Civil Veterinary Dept. Bombay admin report 1923-31 - 1923-1931
Year: 1923
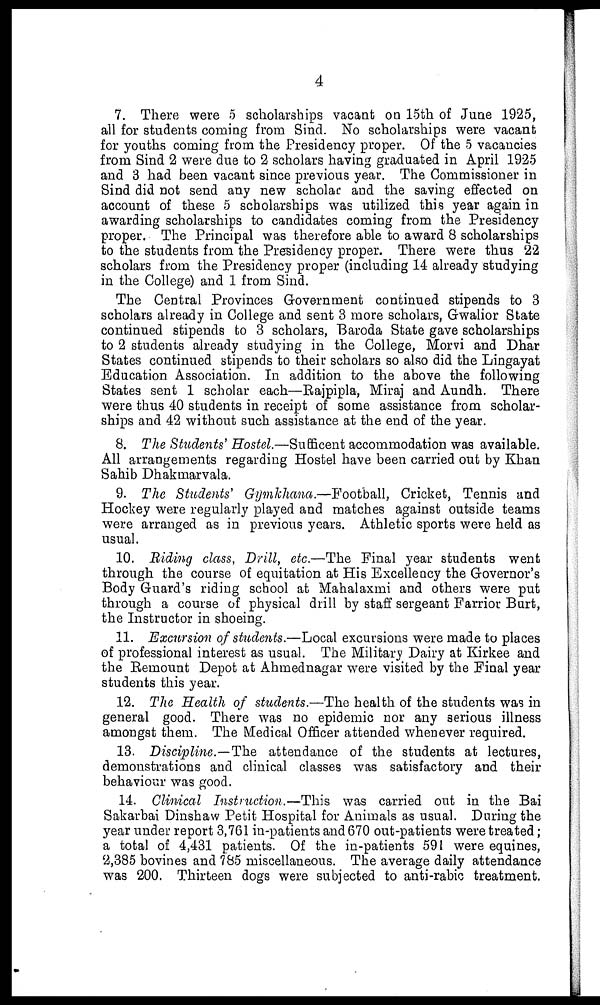
4
7. There were 5 scholarships vacant on 15th of June 1925,
all for students coming from Sind. No scholarships were vacant
for youths coming from the Presidency proper. Of the 5 vacancies
from Sind 2 were due to 2 scholars having graduated in April 1925
and 3 had been vacant since previous year. The Commissioner in
Sind did not send any new scholar and the saving effected on
account of these 5 scholarships was utilized this year again in
awarding scholarships to candidates coming from the Presidency
proper. The Principal was therefore able to award 8 scholarships
to the students from the Presidency proper. There were thus 22
scholars from the Presidency proper (including 14 already studying
in the College) and 1 from Sind.
The Central Provinces Government continued stipends to 3
scholars already in College and sent 3 more scholars, Gwalior State
continued stipends to 3 scholars, Baroda State gave scholarships
to 2 students already studying in the College, Morvi and Dhar
States continued stipends to their scholars so also did the Lingayat
Education Association. In addition to the above the following
States sent 1 scholar each—Rajpipla, Miraj and Aundh. There
were thus 40 students in receipt of some assistance from scholar-
ships and 42 without such assistance at the end of the year.
8. The Students' Hostel.—Sufficent accommodation was available.
All arrangements regarding Hostel have been carried out by Khan
Sahib Dhakmarvala.
9. The Students' Gymkhana.—Football, Cricket, Tennis and
Hockey were regularly played and matches against outside teams
were arranged as in previous years. Athletic sports were held as
usual.
10. Riding class, Drill, etc.—The Final year students went
through the course of equitation at His Excellency the Governor's
Body Guard's riding school at Mahalaxmi and others were put
through a course of physical drill by staff sergeant Farrior Burt,
the Instructor in shoeing.
11. Excursion of students.—Local excursions were made to places
of professional interest as usual. The Military Dairy at Kirkee and
the Remount Depot at Ahmednagar were visited by the Final year
students this year.
12. The Health of students.—The health of the students was in
general good. There was no epidemic nor any serious illness
amongst them. The Medical Officer attended whenever required.
13. Discipline.—The attendance of the students at lectures,
demonstrations and clinical classes was satisfactory and their
behaviour was good.
14. Clinical Instruction.—This was carried out in the Bai
Sakarbai Dinshaw Petit Hospital for Animals as usual. During the
year under report 3,761 in-patients and 670 out-patients were treated ;
a total of 4,431 patients. Of the in-patients 591 were equines,
2,385 bovines and 785 miscellaneous. The average daily attendance
was 200. Thirteen dogs were subjected to anti-rabic treatment.